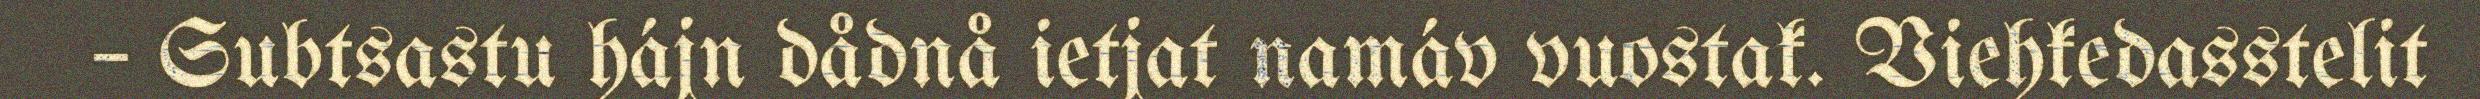
– Subtsastu hájn dådnå ietjat namáv vuostak. Viehkedasstelit